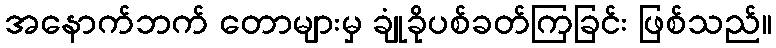
အနောက်ဘက် တောများမှ ချုံခိုပစ်ခတ်ကြခြင်း ဖြစ်သည်။